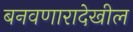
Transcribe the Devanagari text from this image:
बनवणारादेखील